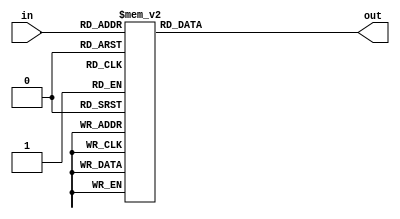
`timescale 1ns / 1ps

module BCD_to_7seg(in, out);
   input [3:0] in;
   output [6:0] out;

	reg [6:0] out;
	
	always @(in) begin
		case (in)
			4'b0000: out = ~7'b0111111;
			4'b0001: out = ~7'b0000110;
			4'b0010: out = ~7'b1011011;
			4'b0011: out = ~7'b1001111;
			4'b0100: out = ~7'b1100110;
			4'b0101: out = ~7'b1101101;
			4'b0110: out = ~7'b1111101;
			4'b0111: out = ~7'b0000111;
			4'b1000: out = ~7'b1111111;
			4'b1001: out = ~7'b1101111;
			default: out = ~0;
		endcase
	end // always
endmodule